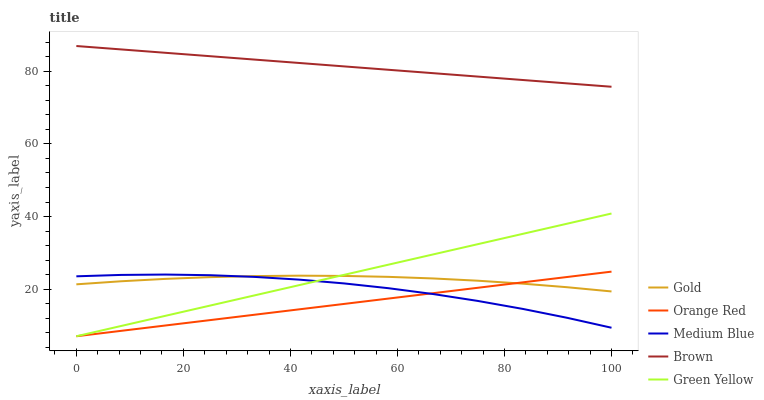
| xaxis_label | Gold | Orange Red | Medium Blue | Brown | Green Yellow |
 | --- | --- | --- | --- | --- | --- |
 | 0 | 21.3 | 7 | 23.5 | 87 | 7 |
 | 8.33 | 22.2 | 8.48 | 23.9 | 86.1 | 9.82 |
 | 16.7 | 22.8 | 9.97 | 24 | 85.1 | 12.6 |
 | 25 | 23.3 | 11.5 | 23.8 | 84.2 | 15.5 |
 | 33.3 | 23.6 | 12.9 | 23.4 | 83.3 | 18.3 |
 | 41.7 | 23.7 | 14.4 | 22.6 | 82.3 | 21.1 |
 | 50 | 23.6 | 15.9 | 21.6 | 81.4 | 23.9 |
 | 58.3 | 23.4 | 17.4 | 20.2 | 80.4 | 26.7 |
 | 66.7 | 22.9 | 18.9 | 18.6 | 79.5 | 29.6 |
 | 75 | 22.3 | 20.4 | 16.7 | 78.6 | 32.4 |
 | 83.3 | 21.5 | 21.8 | 14.6 | 77.6 | 35.2 |
 | 91.7 | 20.5 | 23.3 | 12.1 | 76.7 | 38 |
 | 100 | 19.4 | 24.8 | 9.35 | 75.8 | 40.8 |